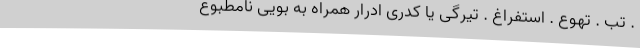
. تب . تهوع . استفراغ . تیرگی یا کدری ادرار همراه به بویی نامطبوع